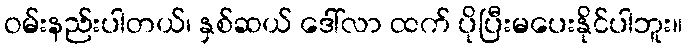
ဝမ်းနည်းပါတယ်၊ နှစ်ဆယ် ဒေါ်လာ ထက် ပိုပြီးမပေးနိုင်ပါဘူး။